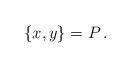
LaTeX: \begin{align*} \{x,y\} = P \,. \end{align*}